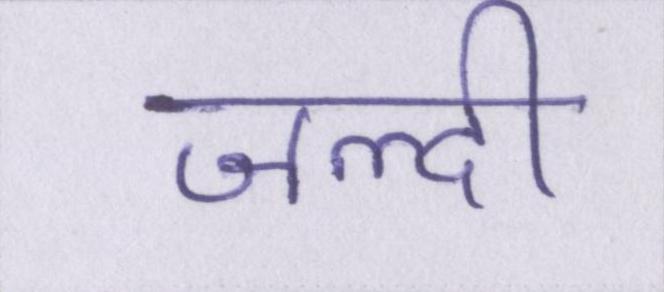
जल्दी